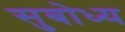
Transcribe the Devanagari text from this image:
सुबोध्य